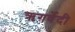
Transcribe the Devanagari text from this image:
ऋगर्वेदी